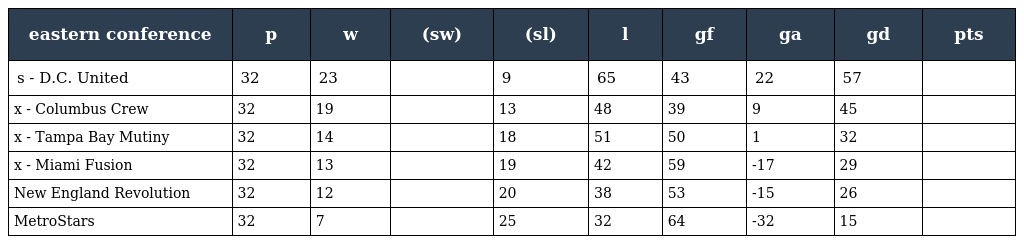
| eastern conference | p | w | (sw) | (sl) | l | gf | ga | gd | pts |
 | --- | --- | --- | --- | --- | --- | --- | --- | --- | --- |
 | s - D.C. United | 32 | 23 |  | 9 | 65 | 43 | 22 | 57 |  |
 | x - Columbus Crew | 32 | 19 |  | 13 | 48 | 39 | 9 | 45 |  |
 | x - Tampa Bay Mutiny | 32 | 14 |  | 18 | 51 | 50 | 1 | 32 |  |
 | x - Miami Fusion | 32 | 13 |  | 19 | 42 | 59 | -17 | 29 |  |
 | New England Revolution | 32 | 12 |  | 20 | 38 | 53 | -15 | 26 |  |
 | MetroStars | 32 | 7 |  | 25 | 32 | 64 | -32 | 15 |  |